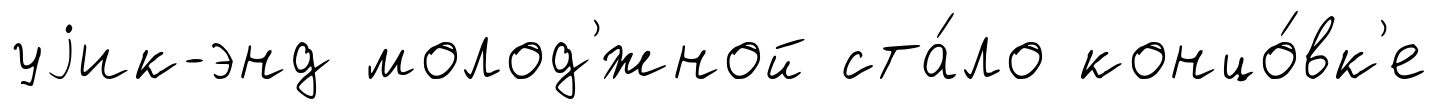
уjик-энд молод'́жной ста́ло концо́вк'е